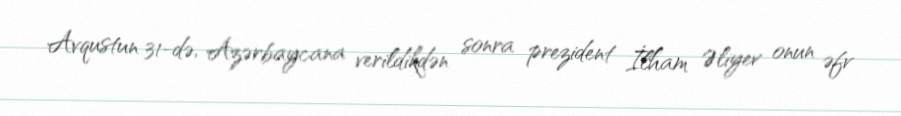
Avqustun 31-də, Azərbaycana verildikdən sonra prezident İlham Əliyev onun əfv